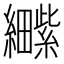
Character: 𫄕